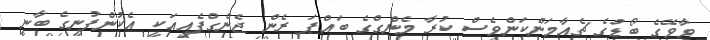
ވާވޭގެ ބޯޑުގެ ޗެއާމަންކަންވެސް ކުރާ މެންގްގެ ބައްޕަ ރެން ޖެންގްފެއިއަކީ އެކުންފުނީގެ ބާނީ